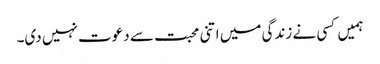
ہمیں کسی نے زندگی میں اتنی محبت سے دعوت نہیں دی۔